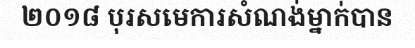
២០១៨ បុរសមេការសំណង់ម្នាក់បាន